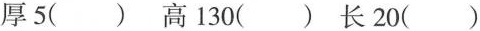
厚 5 （ ）高 130（ ）长 20（ ）